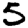
Digit: 5